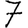
Digit: 7